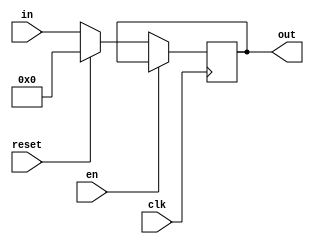
module d_flip_flop #(parameter n = 32)(in,out,clk,reset,en);
input [n-1:0] in;
input clk,reset,en;
output reg [n-1:0] out;

always@(posedge clk)
	if (!en)
	begin
		if (reset)
			out <= 32'd0;
		else
			out <= in;
	end
	else
		out <= out;
endmodule